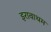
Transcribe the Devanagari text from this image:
इरावाथम